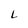
Character: L